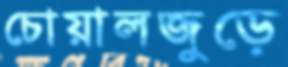
চোয়ালজুড়ে